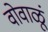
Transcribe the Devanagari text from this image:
वोवाळूं